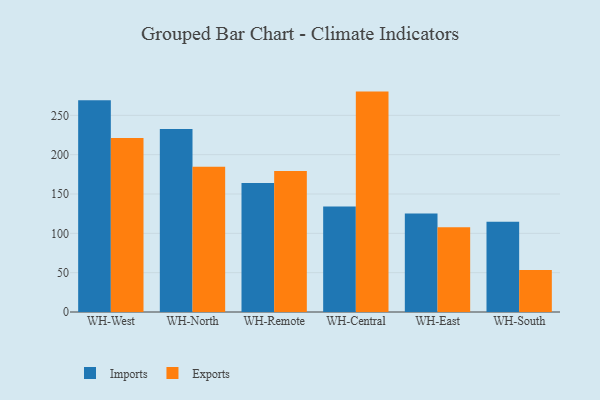
{"axis": {"x": "Warehouse", "y": "Tickets Resolved"}, "legend": ["Exports", "Imports"], "data": [{"x": "WH-West", "y": 269.3, "type": "Imports"}, {"x": "WH-West", "y": 221.1, "type": "Exports"}, {"x": "WH-North", "y": 232.6, "type": "Imports"}, {"x": "WH-North", "y": 184.8, "type": "Exports"}, {"x": "WH-Remote", "y": 163.9, "type": "Imports"}, {"x": "WH-Remote", "y": 179.4, "type": "Exports"}, {"x": "WH-Central", "y": 134.0, "type": "Imports"}, {"x": "WH-Central", "y": 280.2, "type": "Exports"}, {"x": "WH-East", "y": 125.2, "type": "Imports"}, {"x": "WH-East", "y": 107.8, "type": "Exports"}, {"x": "WH-South", "y": 114.7, "type": "Imports"}, {"x": "WH-South", "y": 53.5, "type": "Exports"}]}